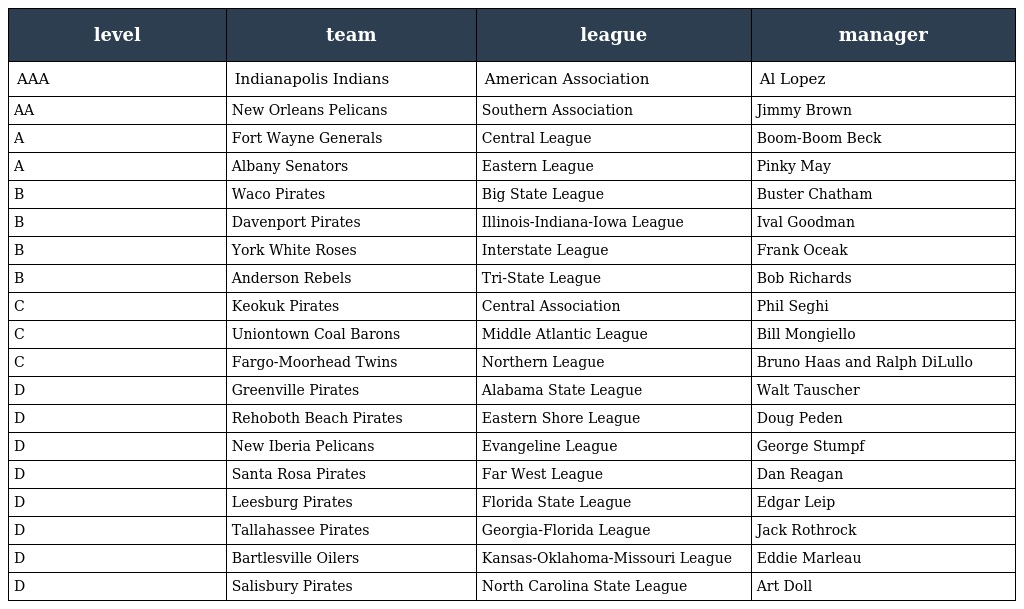
| level | team | league | manager |
 | --- | --- | --- | --- |
 | AAA | Indianapolis Indians | American Association | Al Lopez |
 | AA | New Orleans Pelicans | Southern Association | Jimmy Brown |
 | A | Fort Wayne Generals | Central League | Boom-Boom Beck |
 | A | Albany Senators | Eastern League | Pinky May |
 | B | Waco Pirates | Big State League | Buster Chatham |
 | B | Davenport Pirates | Illinois-Indiana-Iowa League | Ival Goodman |
 | B | York White Roses | Interstate League | Frank Oceak |
 | B | Anderson Rebels | Tri-State League | Bob Richards |
 | C | Keokuk Pirates | Central Association | Phil Seghi |
 | C | Uniontown Coal Barons | Middle Atlantic League | Bill Mongiello |
 | C | Fargo-Moorhead Twins | Northern League | Bruno Haas and Ralph DiLullo |
 | D | Greenville Pirates | Alabama State League | Walt Tauscher |
 | D | Rehoboth Beach Pirates | Eastern Shore League | Doug Peden |
 | D | New Iberia Pelicans | Evangeline League | George Stumpf |
 | D | Santa Rosa Pirates | Far West League | Dan Reagan |
 | D | Leesburg Pirates | Florida State League | Edgar Leip |
 | D | Tallahassee Pirates | Georgia-Florida League | Jack Rothrock |
 | D | Bartlesville Oilers | Kansas-Oklahoma-Missouri League | Eddie Marleau |
 | D | Salisbury Pirates | North Carolina State League | Art Doll |